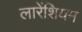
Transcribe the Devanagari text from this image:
लारेंशियम